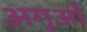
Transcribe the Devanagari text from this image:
अगुओं